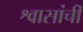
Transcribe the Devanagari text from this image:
श्वासांची